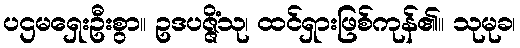
ပဌမရှေးဦးစွာ။ ဥဒပဇ္ဇိံသု၊ ထင်ရှားဖြစ်ကုန်၏။ သုမုခ၊